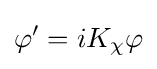
\varphi '=iK_{\chi }\varphi